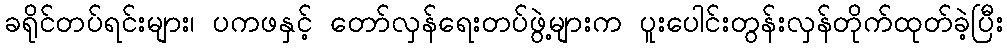
ခရိုင်တပ်ရင်းများ၊ ပကဖနှင့် တော်လှန်ရေးတပ်ဖွဲ့များက ပူးပေါင်းတွန်းလှန်တိုက်ထုတ်ခဲ့ပြီး